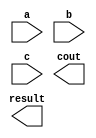
module MAC_8bit (
    input   [7:0]   a,
    input   [7:0]   b,
    input   [23:0]  c,
    output  [23:0]  result,
    output          cout
);

/* Here is your code */

endmodule